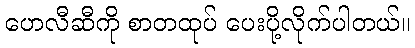
ဟေလီဆီကို စာတထုပ် ပေးပို့လိုက်ပါတယ်။